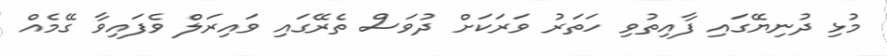
މުޅި ދުނިޔޭގައި ފާއިތުވި ހަތަރު ވަރަކަށް ދުވަސް ތެރޭގައި ވައިރަލް ވެފައިވާ ގޭމެއް